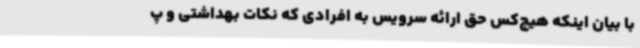
با بیان اینکه هیچ‌کس حق ارائه سرویس به افرادی که نکات بهداشتی و پ